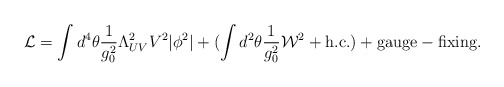
\begin{align*}{\cal L} = \int d^4 \theta \frac{1}{g_0^2} \Lambda_{UV}^2V^2 |\phi^2| + (\int d^2 \theta \frac{1}{g_0^2} {\cal W}^2 + {\rm h.c.}) + {\rm gauge-fixing}.\end{align*}